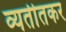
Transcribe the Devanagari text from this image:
व्यतीतकर